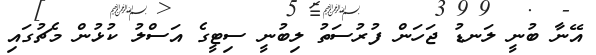
އޭނާ ބުނީ ލަނޑު ޖަހަން ފުރުސަތު ލިބުނީ ސިޓީގެ އަސްލު ކުޅުން މެޗުގައި